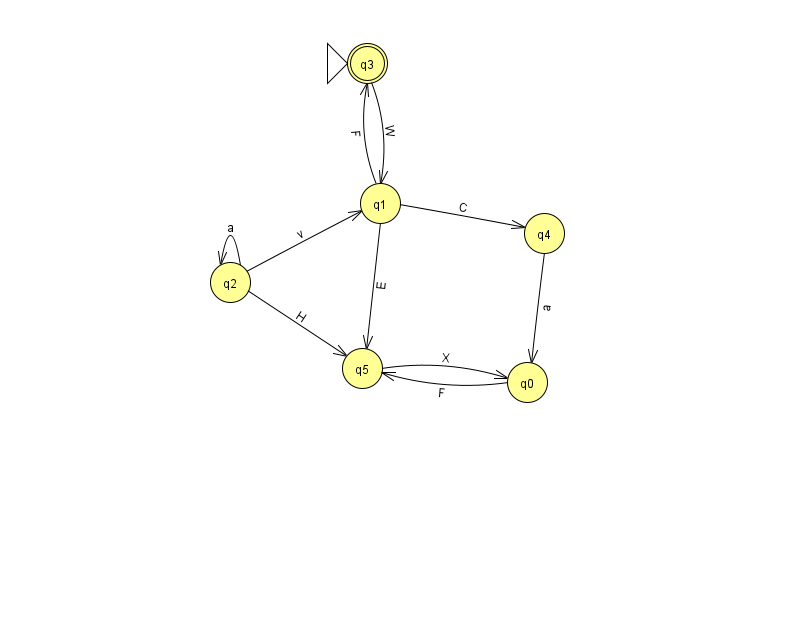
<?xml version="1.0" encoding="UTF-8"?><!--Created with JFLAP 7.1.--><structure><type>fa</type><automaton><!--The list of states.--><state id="0" name="q0"><x>527.0</x><y>369.0</y></state><state id="1" name="q1"><x>380.0</x><y>190.0</y></state><state id="2" name="q2"><x>230.0</x><y>269.0</y></state><state id="3" name="q3"><x>367.0</x><y>50.0</y><initial/><final/></state><state id="4" name="q4"><x>544.0</x><y>220.0</y></state><state id="5" name="q5"><x>362.0</x><y>355.0</y></state><!--The list of transitions.--><transition><from>2</from><to>5</to><read>H</read></transition><transition><from>2</from><to>2</to><read>a</read></transition><transition><from>4</from><to>0</to><read>a</read></transition><transition><from>1</from><to>4</to><read>C</read></transition><transition><from>0</from><to>5</to><read>F</read></transition><transition><from>1</from><to>5</to><read>E</read></transition><transition><from>1</from><to>3</to><read>F</read></transition><transition><from>5</from><to>0</to><read>X</read></transition><transition><from>3</from><to>1</to><read>W</read></transition><transition><from>2</from><to>1</to><read>v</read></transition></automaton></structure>